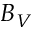
B _ { V }